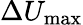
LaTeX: \Delta U_{\textrm{max}}